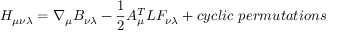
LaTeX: { H } _ { \mu \nu \lambda } = \nabla _ { \mu } { B } _ { \nu \lambda } - \frac { 1 } { 2 } { \cal A } _ { \mu } ^ { T } { \cal L } { \cal F } _ { \nu \lambda } + c y c l i c ~ p e r m u t a t i o n s